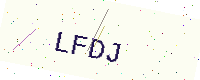
Text: LFDJ